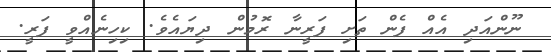
ނޫންއަދި އެއް ފެން ތަށި ފަރީނާ ރޮމުން ދިޔައެވެ. ކިހިނެއްވީ ފަރީ.